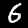
Digit: 6